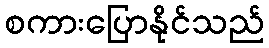
စကားပြောနိုင်သည်